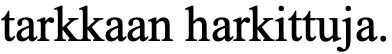
tarkkaan harkittuja.